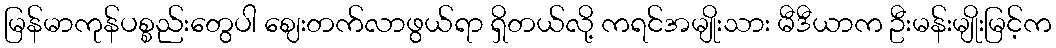
မြန်မာကုန်ပစ္စည်းတွေပါ ဈေးတက်လာဖွယ်ရာ ရှိတယ်လို့ ကရင်အမျိုးသား မီဒီယာက ဦးမန်းမျိုးမြင့်က